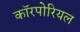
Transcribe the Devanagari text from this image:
कॉरपोरियल